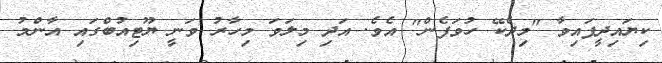
ކިޔައިދީފައިވާ "މިދެކޭ ހުވަފެން" އެވެ. އަދި މިލަވަ މިހާރު ވަނީ ޔޫޓިއުބްގައި އާންމު